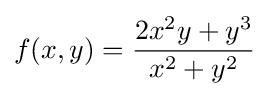
f(x,y)={\dfrac {2x^{2}y+y^{3}}{x^{2}+y^{2}}}